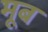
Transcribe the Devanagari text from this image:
मूब